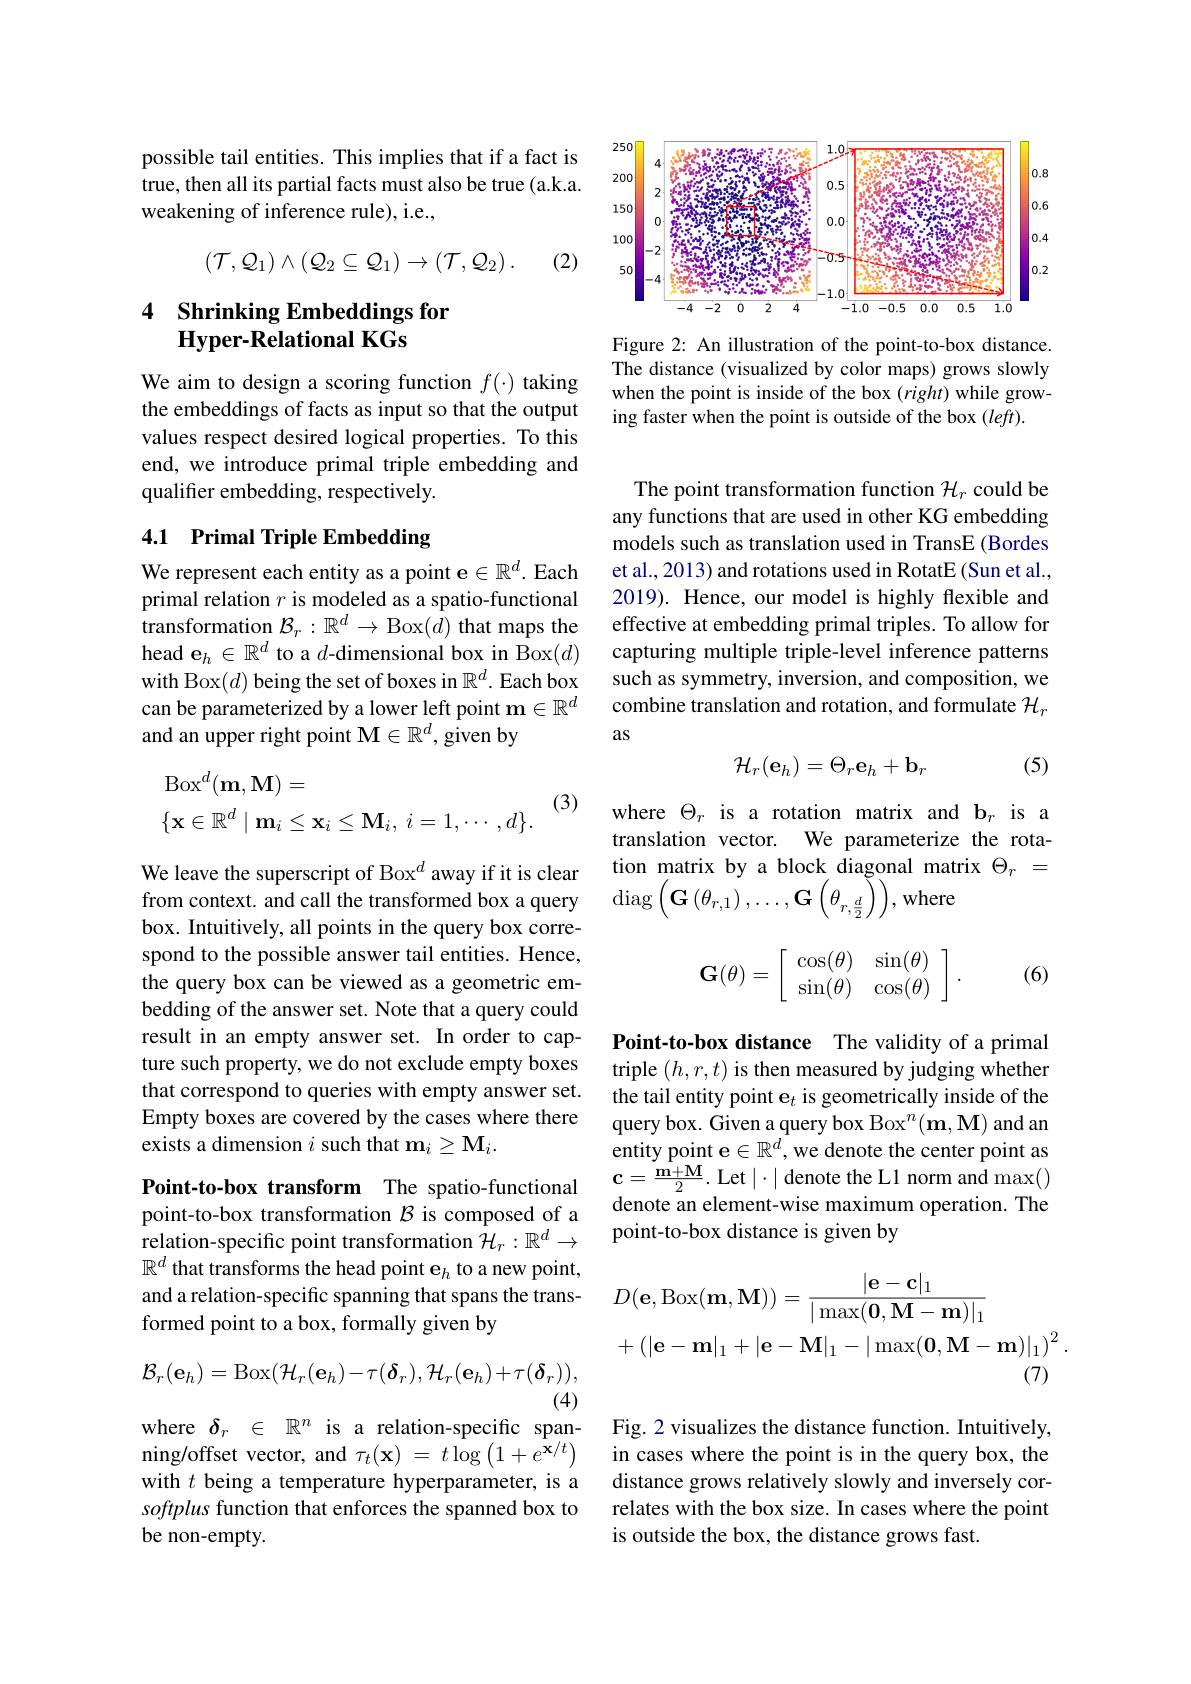
possible tail entities. This implies that if a fact is true, then all its partial facts must also be true (a.k.a. weakening of inference rule), i.e.,
$$(\mathcal{T},\mathcal{Q}_1)\wedge(\mathcal{Q}_2\subseteq\mathcal{Q}_1)\to(\mathcal{T},\mathcal{Q}_2)\:.$$
(2)

### 4 Shrinking Embeddings for Hyper-Relational KGs

We aim to design a scoring function $f(\cdot)$ taking the embeddings of facts as input so that the output values respect desired logical properties. To this end, we introduce primal triple embedding and qualifier embedding, respectively.

## 4.1 Primal Triple Embedding

We represent each entity as a point e$\in\mathbb{R}^d$. Each primal relation $r$ is modeled as a spatio-functional $\mathop{\text{transformation }}\mathcal{B}_{r}:\mathbb{R}^{d}\to\mathop{\mathrm{Box}}(\dot{d})\mathop{\mathrm{that~maps~the}}$ head e$_h\in\mathbb{R}^d$ to a $d$-dimensional box in Box$(d)$ with Box$(d)$ being the set of boxes in $\mathbb{R}^d.$ Each box can be parameterized by a lower left point $\mathbf{m}\in\mathbb{R}^d$ and an upper right point $\mathbf{M} \in \mathbb{R} ^d, \bar{\mathrm{~given~by}}$

(3)
$$\begin{aligned}&\mathrm{Box}^d(\mathbf{m},\mathbf{M})=\\&\{\mathbf{x}\in\mathbb{R}^d\mid\mathbf{m}_i\leq\mathbf{x}_i\leq\mathbf{M}_i,\:i=1,\cdots,d\}.\end{aligned}$$
We leave the superscript of Box$^{d}$ away if it is clear from context. and call the transformed box a query box. Intuitively, all points in the query box correspond to the possible answer tail entities. Hence, the query box can be viewed as a geometric embedding of the answer set. Note that a query could result in an empty answer set. In order to capture such property, we do not exclude empty boxes that correspond to queries with empty answer set. Empty boxes are covered by the cases where there exists a dimension $i$ such that $\mathbf{m}_i\geq\mathbf{M}_i.$

Point-to-box transform The spatio-functional point-to-box transformation $\mathcal{B}$ is composed of a relation-specific point transformation $\hat{\mathcal{H}}_r:\mathbb{R}^d\to$ $\mathbb{R}^d$ that transforms the head point e$_h$ to a new point, and a relation-specific spanning that spans the transformed point to a box, formally given by
$$\mathcal{B}_{r}(\mathbf{e}_{h})=\mathrm{Box}(\mathcal{H}_{r}(\mathbf{e}_{h})-\tau(\delta_{r}),\mathcal{H}_{r}(\mathbf{e}_{h})+\tau(\delta_{r})),$$
(4)

where $\delta _r$ $\in$ $\mathbb{R} ^n$ is a relation-specific spanning/offset vector, and $\tau _t( \mathbf{x} )$ = $t\log \left ( 1+ e^{\mathbf{x} / t}\right )$ with $t$ being a temperature hyperparameter, is a softplus function that enforces the spanned box to be non-empty.

<FigureHere>

Figure 2: An illustration of the point-to-box distance. The distance (visualized by color maps) grows slowly when the point is inside of the box $(right)$ while growing faster when the point is outside of the box (left).

The point transformation function $\mathcal{H}_r$ could be any functions that are used in other KG embedding models such as translation used in TransE (Bordes et al., 2013) and rotations used in RotatE (Sun et al., 2019). Hence, our model is highly flexible and effective at embedding primal triples. To allow for capturing multiple triple-level inference patterns such as symmetry, inversion, and composition, we combine translation and rotation, and formulate $\mathcal{H}_r$ as

(5)
$$\mathcal{H}_r(\mathbf{e}_h)=\Theta_r\mathbf{e}_h+\mathbf{b}_r$$
where $\Theta_r$ is a rotation matrix and b$_r$ is a translation vector. We parameterize the rotation matrix by a block diagonal matrix $\Theta_r=$ $\operatorname{diag}\left(\mathbf{G}\left(\theta_{r,1}\right),\ldots,\mathbf{G}\left(\theta_{r,\frac{d}{2}}\right)\right)$,where
$$\mathbf{G}(\theta)=\left[\begin{array}{cc}\cos(\theta)&\sin(\theta)\\\sin(\theta)&\cos(\theta)\end{array}\right].$$
(6)

Point-to-box distance The validity of a primal triple $(h,r,t)$ is then measured by judging whether the tail entity point e$_t$ is geometrically inside of the query box. Given a query box Box$^n(\mathbf{m},\mathbf{M})$ and an entity point e$\in\mathbb{R}^d$,we denote the center point as $\mathbf{c}=\frac{\mathbf{m}+\mathbf{M}}{2}.$Let$\mid\cdot\mid$denote the L1 norm and max() denote an element-wise maximum operation. The point-to-box distance is given by
$$\begin{aligned}&D(\mathbf{e},\mathrm{Box}(\mathbf{m},\mathbf{M}))=\frac{|\mathbf{e}-\mathbf{c}|_1}{|\max(\mathbf{0},\mathbf{M}-\mathbf{m})|_1}\\&+\left(|\mathbf{e}-\mathbf{m}|_1+|\mathbf{e}-\mathbf{M}|_1-|\max(\mathbf{0},\mathbf{M}-\mathbf{m})|_1\right)^2.\end{aligned}$$
Fig. 2 visualizes the distance function. Intuitively, in cases where the point is in the query box, the distance grows relatively slowly and inversely correlates with the box size. In cases where the point is outside the box, the distance grows fast.